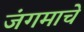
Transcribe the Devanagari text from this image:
जंगमाचे